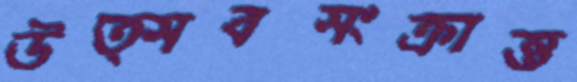
উত্সবসংক্রান্ত